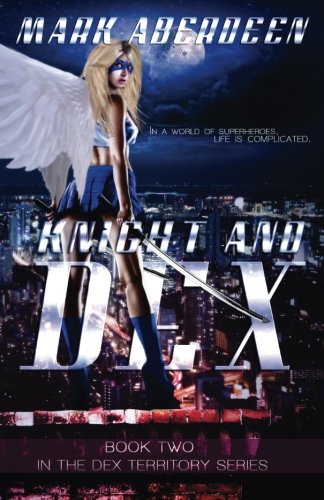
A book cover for Knight and Dex (The Dex Territory Series) (Volume 2); Mark Aberdeen; Science Fiction & Fantasy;